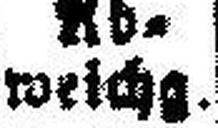
weichg.